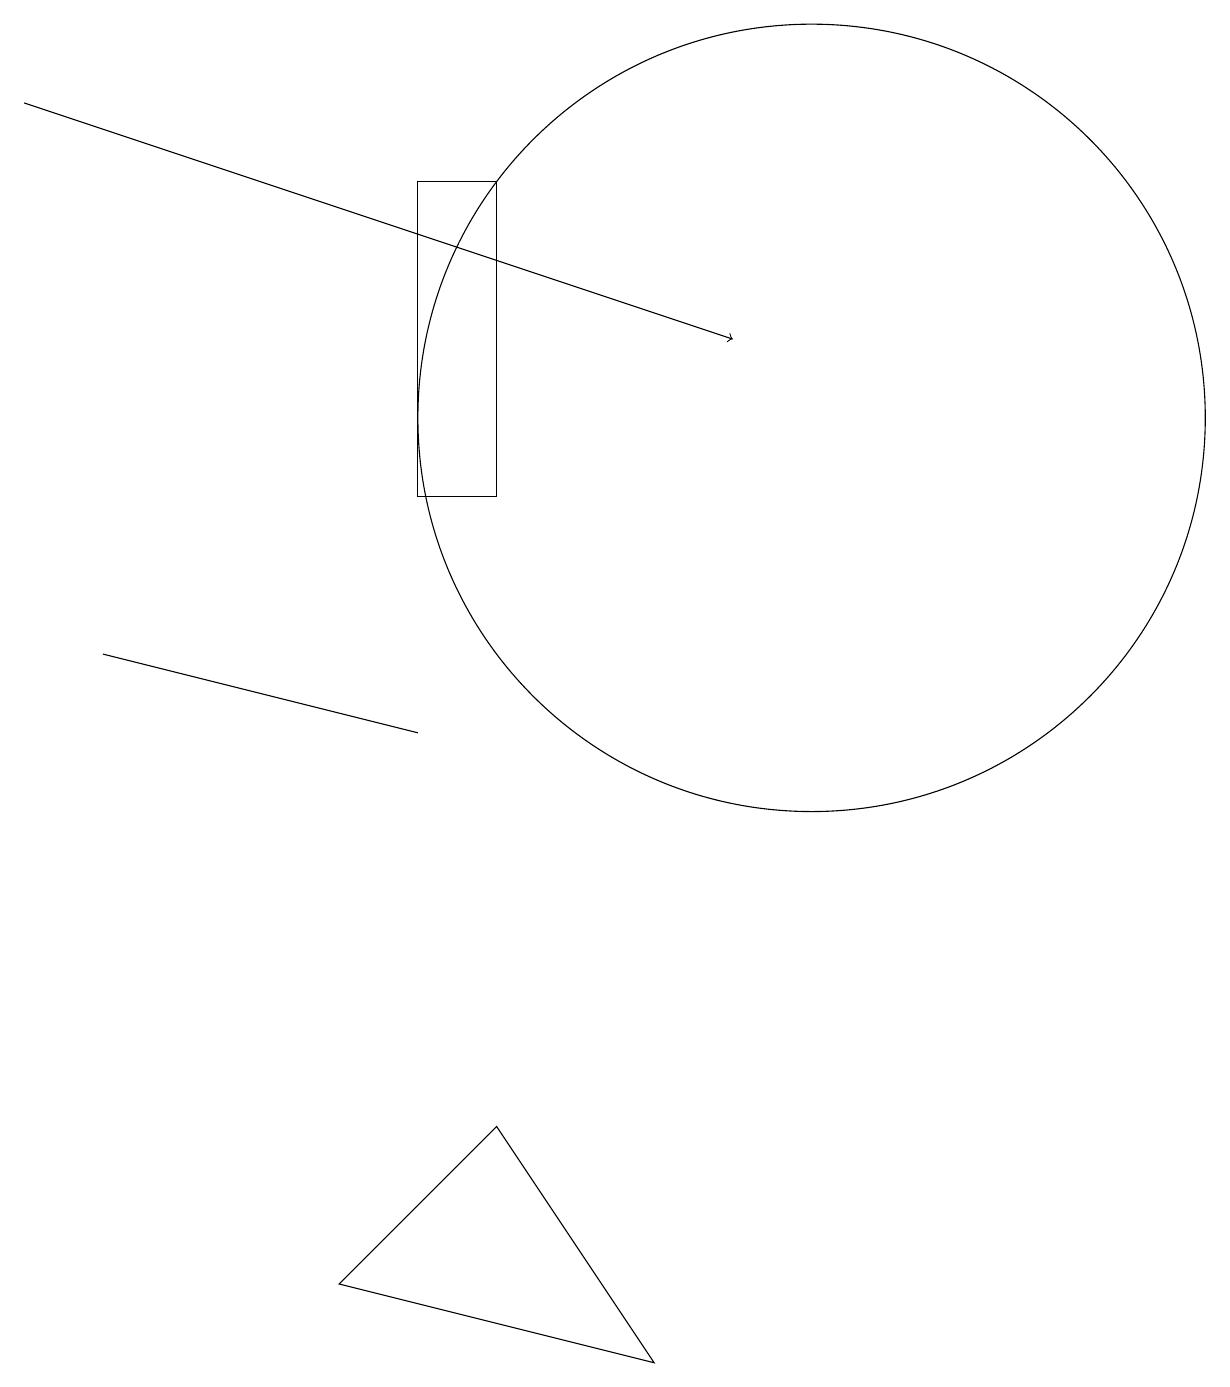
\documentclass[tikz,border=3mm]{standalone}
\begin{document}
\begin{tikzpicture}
\draw (5,15) rectangle (6,11);
\draw (4,1) -- (8,0) -- (6,3) -- cycle;
\draw (10,12) circle (5);
\draw[->] (0,16) -- (9,13);
\draw (1,9) -- (5,8) -- (5,8) -- cycle;
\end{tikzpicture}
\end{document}